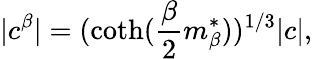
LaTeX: |c^{\beta}|=(\coth(\frac\beta 2m_{\beta}^{*}))^{1/3}|c|,